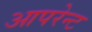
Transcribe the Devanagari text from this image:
आपरेन्ट